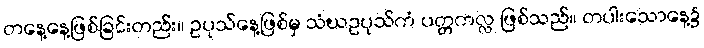
တနေ့နေ့ဖြစ်ခြင်းတည်း။ ဥပုသ်နေ့ဖြစ်မှ သံဃဥပုသ်ကံ ပတ္တကလ္လ ဖြစ်သည်။ တပါးသောနေ့၌